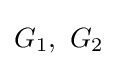
G_{1},~G_{2}